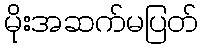
မိုးအဆက်မပြတ်